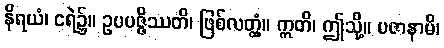
နိရယံ၊ ငရဲ၌။ ဥပပဇ္ဇိဿတိ၊ ဖြစ်လတ္တံ့။ ဣတိ၊ ဤသို့။ ပဇာနာမိ၊